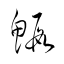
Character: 鰕